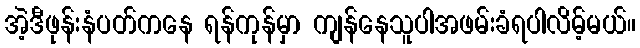
အဲ့ဒီဖုန်းနံပတ်ကနေ ရန်ကုန်မှာ ကျန်နေသူပါအဖမ်းခံရပါလိမ့်မယ်။